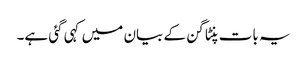
یہ بات پنٹاگن کے بیان میں کہی گئی ہے۔